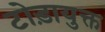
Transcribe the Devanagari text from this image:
टोड़ायुक्त